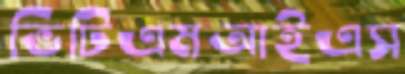
ভিটিএমআইএস